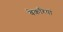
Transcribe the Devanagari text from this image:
बेकरियां